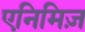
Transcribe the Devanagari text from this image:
एनिमिज़